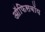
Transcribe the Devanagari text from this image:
ऑफिसबॉय